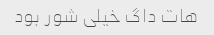
هات داگ خیلی شور بود